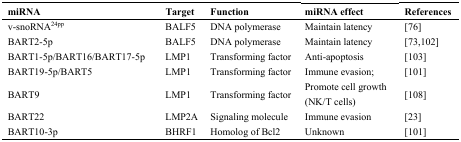
<table><thead><tr><td><b>miRNA</b></td><td><b>Target</b></td><td><b>Function</b></td><td><b>miRNA effect</b></td><td><b>References</b></td></tr></thead><tbody><tr><td>v-snoRNA<sup>24pp</sup></td><td>BALF5</td><td>DNA polymerase</td><td>Maintain latency</td><td>[76]</td></tr><tr><td>BART2-5p</td><td>BALF5</td><td>DNA polymerase</td><td>Maintain latency</td><td>[73,102]</td></tr><tr><td>BART1-5p/BART16/BART17-5p</td><td>LMP1</td><td>Transforming factor</td><td>Anti-apoptosis</td><td>[103]</td></tr><tr><td>BART19-5p/BART5</td><td>LMP1</td><td>Transforming factor</td><td>Immune evasion;</td><td>[101]</td></tr><tr><td>BART9</td><td>LMP1</td><td>Transforming factor</td><td>Promote cell growth (NK/T cells)</td><td>[108]</td></tr><tr><td>BART22</td><td>LMP2A</td><td>Signaling molecule</td><td>Immune evasion</td><td>[23]</td></tr><tr><td>BART10-3p</td><td>BHRF1</td><td>Homolog of Bcl2</td><td>Unknown</td><td>[101]</td></tr></tbody></table>